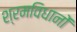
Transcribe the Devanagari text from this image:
श्रमविधानों